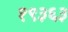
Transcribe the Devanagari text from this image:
१९३६३